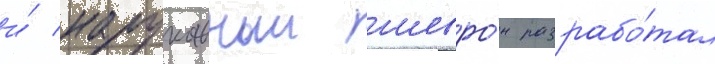
и́ нарукавныи шевро́н разрабо́тал